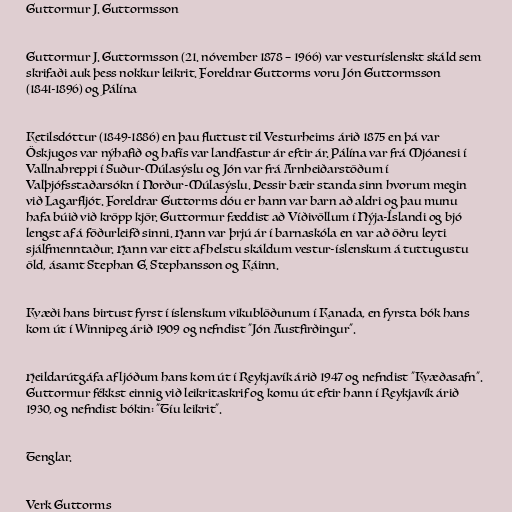
Guttormur J. Guttormsson

Guttormur J. Guttormsson (21. nóvember 1878 – 1966) var vesturíslenskt skáld sem
skrifaði auk þess nokkur leikrit. Foreldrar Guttorms voru Jón Guttormsson
(1841-1896) og Pálína

Ketilsdóttur (1849-1886) en þau fluttust til Vesturheims árið 1875 en þá var
Öskjugos var nýhafið og hafís var landfastur ár eftir ár. Pálína var frá Mjóanesi í
Vallnahreppi í Suður-Múlasýslu og Jón var frá Arnheiðarstöðum í
Valþjófsstaðarsókn í Norður-Múlasýslu. Þessir bæir standa sinn hvorum megin
við Lagarfljót. Foreldrar Guttorms dóu er hann var barn að aldri og þau munu
hafa búið við kröpp kjör. Guttormur fæddist að Víðivöllum í Nýja-Íslandi og bjó
lengst af á föðurleifð sinni. Hann var þrjú ár í barnaskóla en var að öðru leyti
sjálfmenntaður. Hann var eitt af helstu skáldum vestur-íslenskum á tuttugustu
öld, ásamt Stephan G. Stephansson og Káinn.

Kvæði hans birtust fyrst í íslenskum vikublöðunum í Kanada, en fyrsta bók hans
kom út í Winnipeg árið 1909 og nefndist "Jón Austfirðingur".

Heildarútgáfa af ljóðum hans kom út í Reykjavík árið 1947 og nefndist "Kvæðasafn".
Guttormur fékkst einnig við leikritaskrif og komu út eftir hann í Reykjavík árið
1930, og nefndist bókin: "Tíu leikrit".

Tenglar.

Verk Guttorms